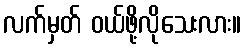
လက်မှတ် ဝယ်ဖို့လိုသေးလား။